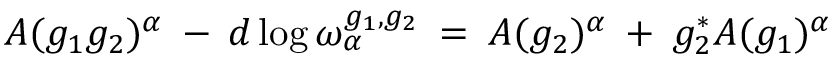
A ( g _ { 1 } g _ { 2 } ) ^ { \alpha } \: - \: d \log \omega _ { \alpha } ^ { g _ { 1 } , g _ { 2 } } \: = \: A ( g _ { 2 } ) ^ { \alpha } \: + \: g _ { 2 } ^ { * } A ( g _ { 1 } ) ^ { \alpha }